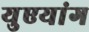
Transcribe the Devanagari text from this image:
युएयांग